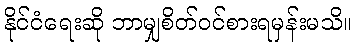
နိုင်ငံရေးဆို ဘာမျှစိတ်ဝင်စားရမှန်းမသိ။